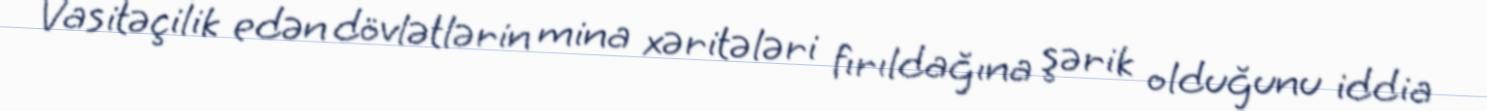
Vasitəçilik edən dövlətlərin mina xəritələri fırıldağına şərik olduğunu iddia